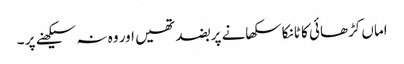
اماں کڑھائی کا ٹانکا سکھانے پر بضد تھیں اور وہ نہ سیکھنے پر ۔